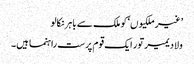
’غیر ملکیوں‘ کو ملک سے باہر نکالو
ولادیمیر تور ایک قوم پرست راہنما ہیں۔